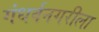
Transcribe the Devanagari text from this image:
गंधर्वनगरीला